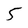
Character: 5